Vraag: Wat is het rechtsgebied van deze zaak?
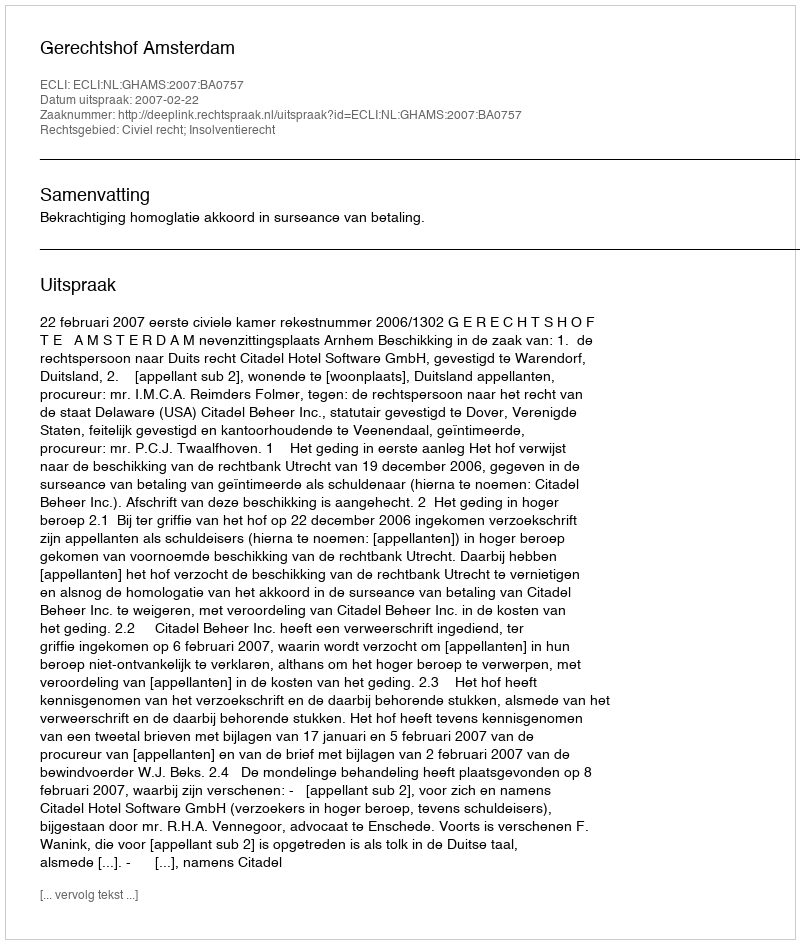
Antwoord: Civiel recht; Insolventierecht